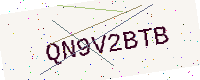
Text: QN9V2BTB